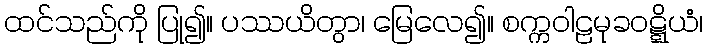
ထင်သည်ကို ပြု၍။ ပဿယိတွာ၊ မြေလေ၍။ စက္ကဝါဠမုခဝဋ္ဋိယံ၊